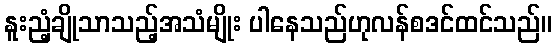
နူးညံ့ချိုသာသည့်အသံမျိုး ပါနေသည်ဟုလန်စဒင်ထင်သည်။